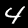
Digit: 4